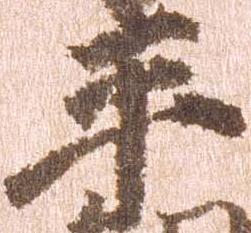
平